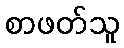
စာဖတ်သူ